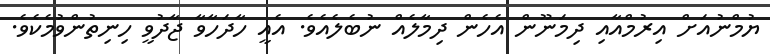
ޔުމްނުއަށް އިރުމްއާއި ދިމަނޫން އެހެން ދިމާލެއް ނުބެލެއެވެ. އެއީ ހާދަހާވާ ޖާދުވީ ހިނިތުންވުމެކެވެ.